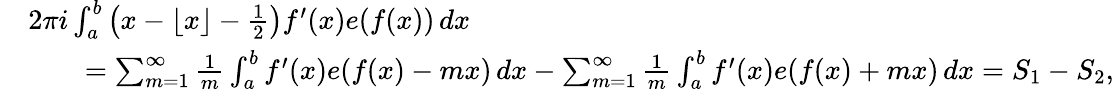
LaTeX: \begin{array}{rl}&{2\pi i\int_{a}^{b}\left(x-\lfloor x\rfloor-\frac{1}{2}\right)f^{\prime}(x)e(f(x))\, dx}\\ &{\qquad=\sum_{m=1}^{\infty}\frac{1}{m}\int_{a}^{b}f^{\prime}(x)e(f(x)-mx)\, dx-\sum_{m=1}^{\infty}\frac{1}{m}\int_{a}^{b}f^{\prime}(x)e(f(x)+mx)\, dx=S_{1}-S_{2},}\end{array}